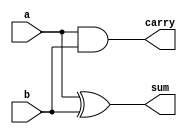
module adder(sum,carry,a,b);
input a,b;
output sum,carry;
assign sum = a^b;
assign carry=a&b;
endmodule